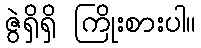
ဇွဲရှိရှိ ကြိုးစားပါ။